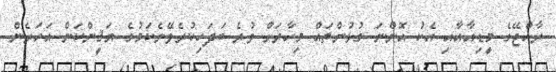
ރާއްޖޭގެ މީޑިއާއާއި އެކު އޮންނަ ގުޅުންތައް މިހާރަށް ވުރެ ބަދަހިކުރެވޭނެކަމުގެ ޔަޤީންކަން އަހަރެން